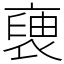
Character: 褏